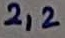
Text: 2,2